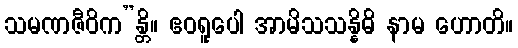
သမဏဇီဝိက”န္တိ။ ဧဝရူပေါ အာမိသသန္နိဓိ နာမ ဟောတိ။